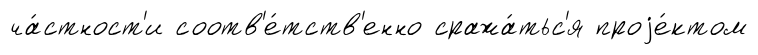
ча́стност'и соотв'е́тств'енно сража́тьс'я проjе́ктом